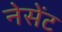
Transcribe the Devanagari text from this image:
नेसेंट